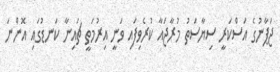
ޖަޕާނުގެ އަސްކަރީ ސިޔާސަތު މުރާޖައާ ކުރެވިފައި ވަނީ އިރުމަތީ ޗައިނާ ކަނޑުގައި އޮންނަ